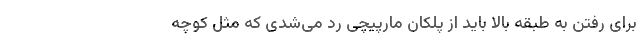
برای رفتن به طبقه بالا باید از پلکان مارپیچی رد می‌شدی که مثل کوچه